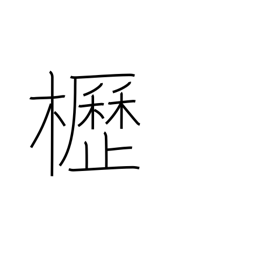
Meaning: horse barn